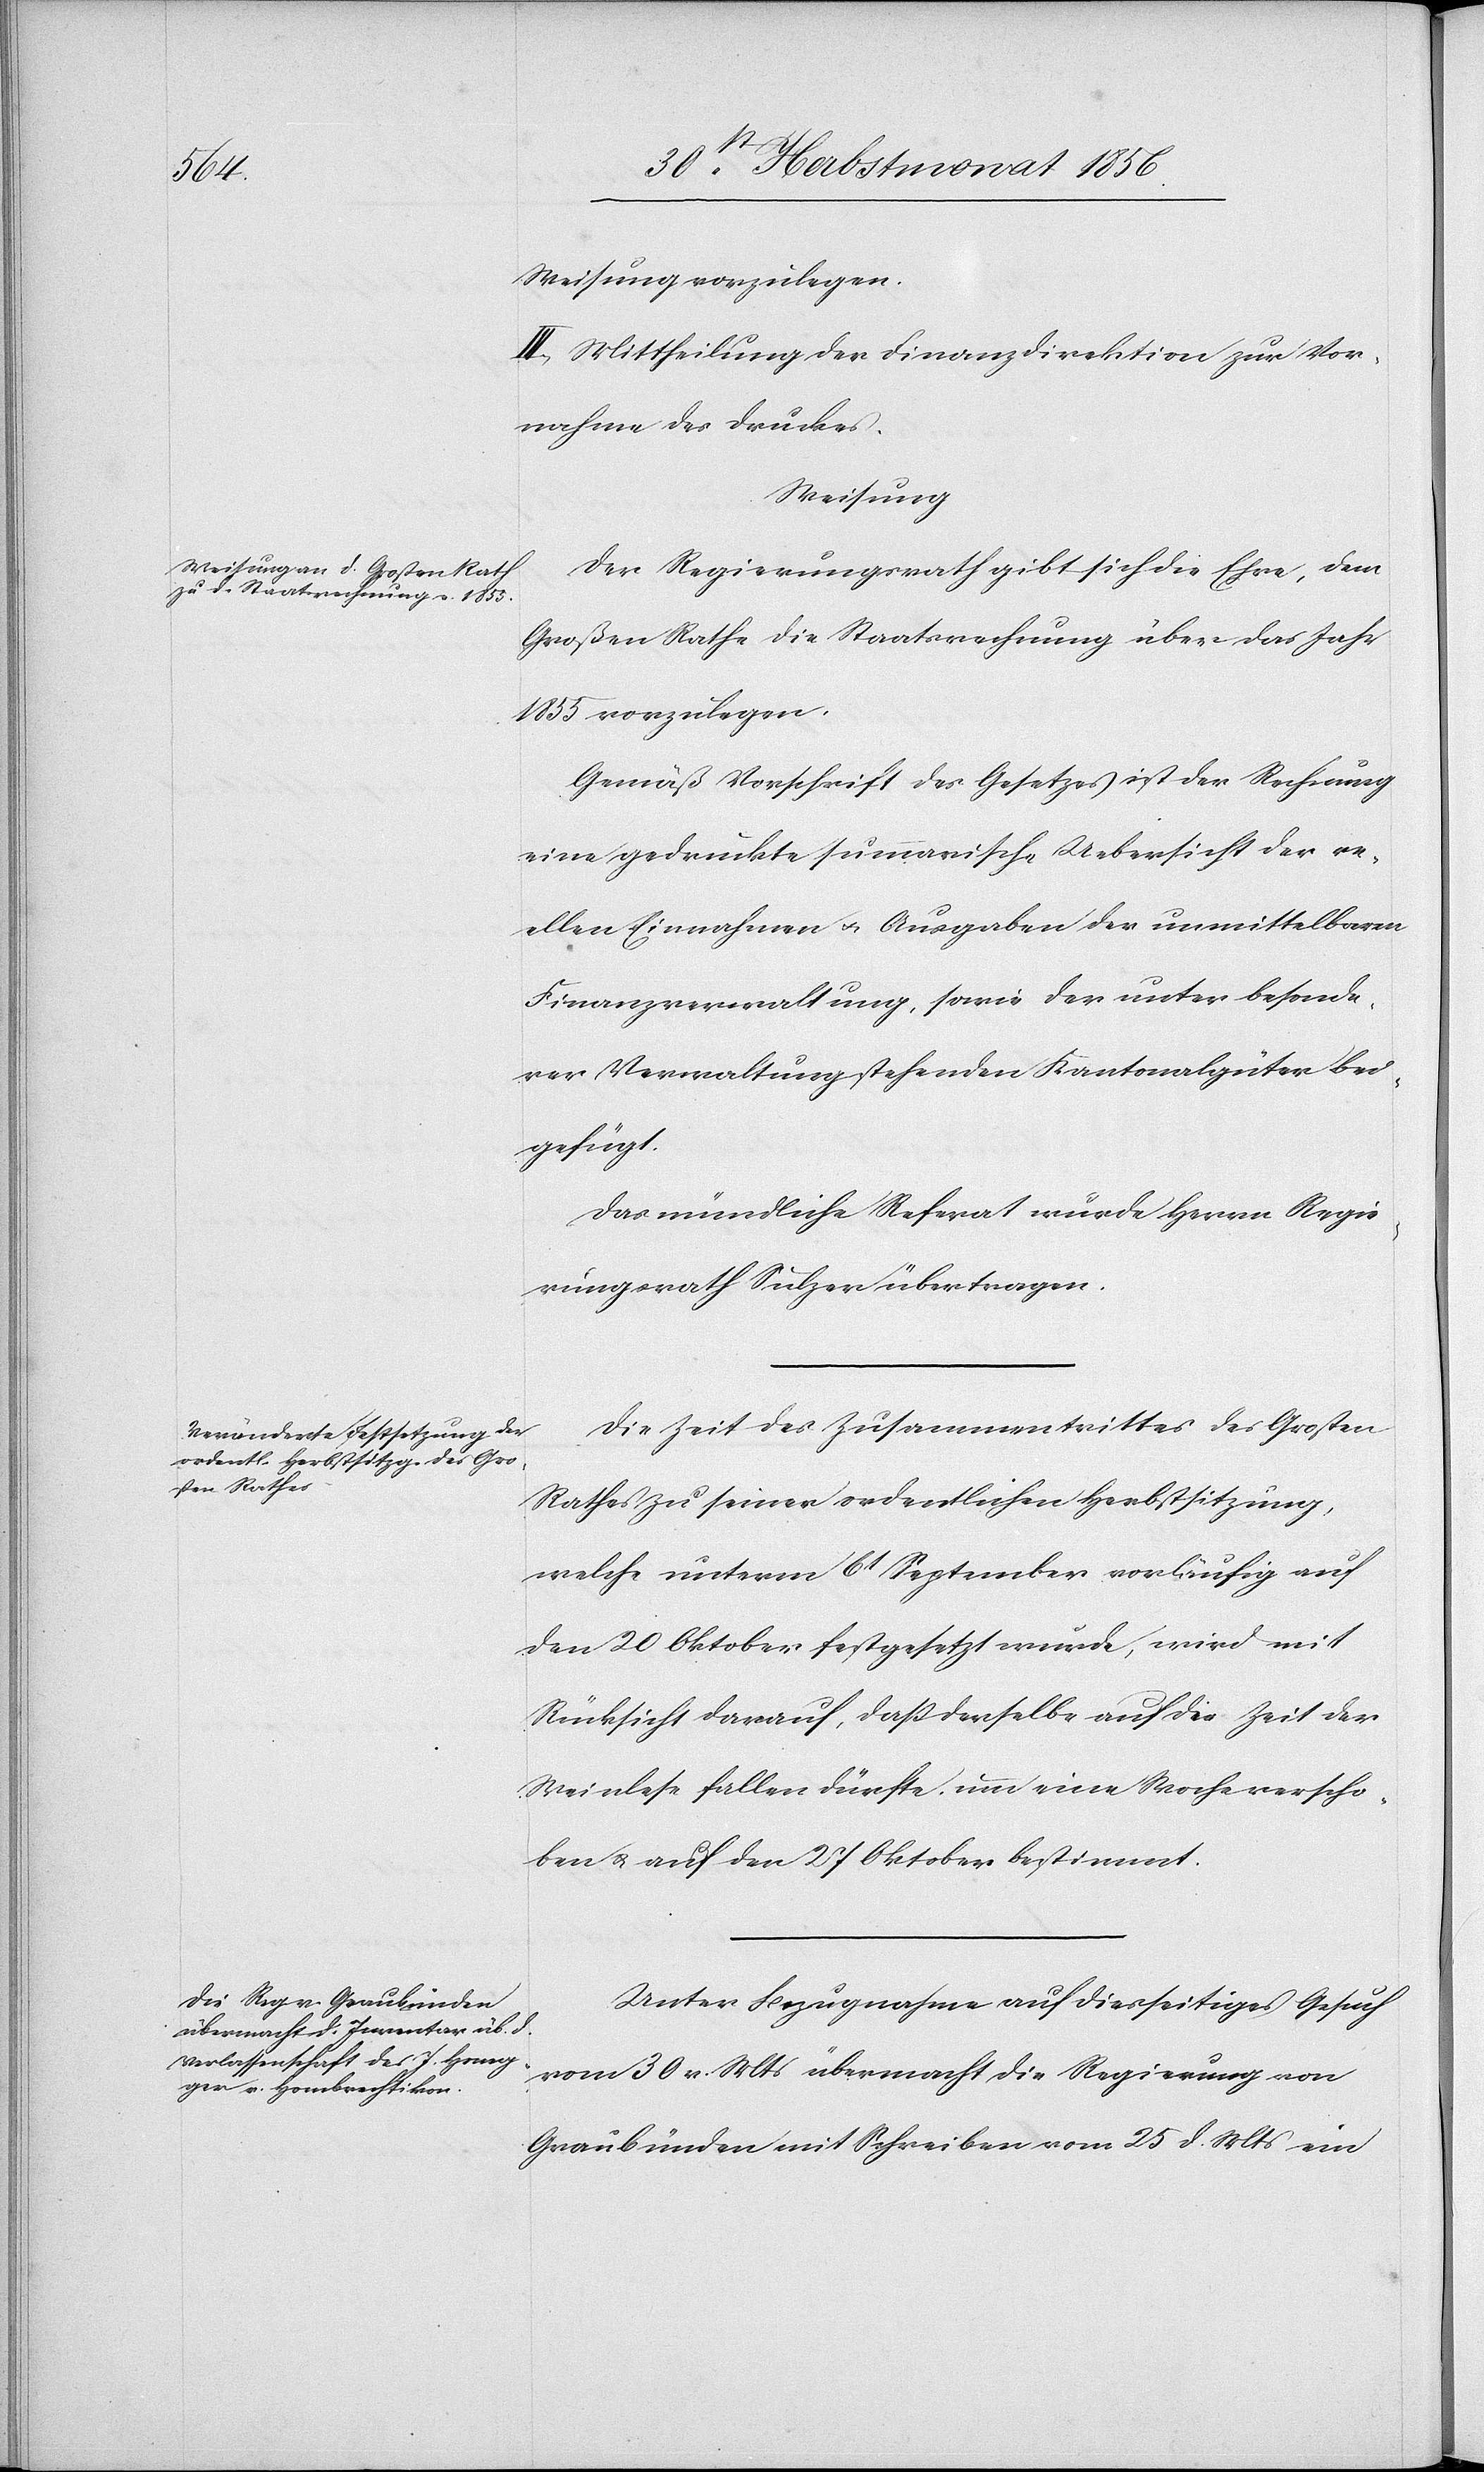
Weisung vorzulegen.
III.) Mittheilung der Finanzdirektion zur Vor¬
nahme des Druckes.
Weisung
Der Regierungsrath gibt sich die Ehre, dem
Großen Rathe die Staatsrechnung über das Jahr
1855 vorzulegen.
Gemäß Vorschrift des Gesetzes ist der Rechnung
eine gedruckte summarische Uebersicht der re¬
ellen Einnahmen u. Ausgaben der unmittelbaren
Finanzverwaltung, sowie der unter besonde¬
rer Verwaltung stehenden Kantonalgüter bei¬
gefügt.
Das mündliche Referat wurde Herrn Regie¬
rungsrath Sulzer übertragen.
Die Zeit des Zusammentrittes des Großen
Rathes zu seiner ordentlichen Herbstsitzung,
welche unterm 6t September vorläufig auf
den 20 Oktober festgesetzt wurde, wird mit
Rücksicht darauf, dass derselbe auf die Zeit der
Weinlese fallen dürfte, um eine Woche verscho¬
ben & auf den 27 Oktober bestimmt.
Unter Bezugnahme auf diesseitiges Gesuch
vom 30 v. Mts übermacht die Regierung von
Graubünden mit Schreiben vom 25 d. Mts ein